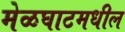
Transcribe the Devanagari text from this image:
मेळघाटमधील